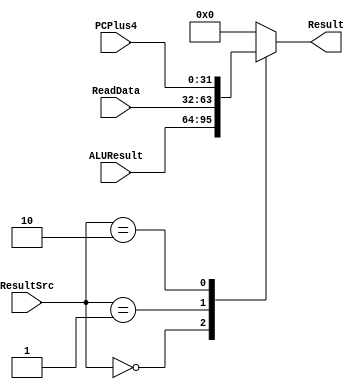
/*
   Created by : Mohamed Hazem Mamdouh
   12-08-2023
   7:30 PM
 */

 //***************  MUX_3X1 ***************//

module mux_3x1 #(parameter N =32 )
				(
					input [N-1:0] ALUResult,
					input [N-1:0] ReadData,
					input [N-1:0] PCPlus4,
					input [1:0] ResultSrc,
					output reg [N-1:0] Result
				);
				
				
				always @(*)
				 begin
					case (ResultSrc)
					 2'b00   : Result = ALUResult;
					 2'b01   : Result = ReadData;
					 2'b10   : Result = PCPlus4;
					 default : Result = 0;
					endcase
				 end

    
endmodule